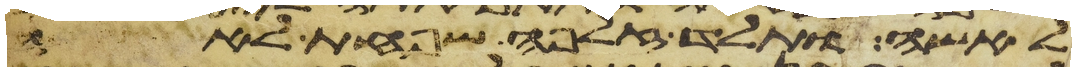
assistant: לאשה ותלד זלפה שפחת לאה